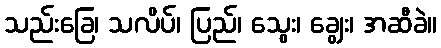
သည်းခြေ၊ သလိပ်၊ ပြည်၊ သွေး၊ ချွေး၊ အဆီခဲ။